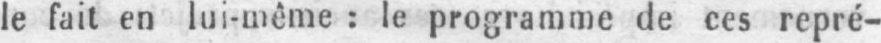
le fait en lui-même: le programme de ces repré-